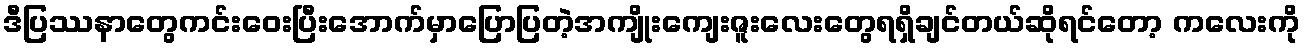
ဒီပြဿနာတွေကင်းဝေးပြီးအောက်မှာပြောပြတဲ့အကျိုးကျေးဇူးလေးတွေရရှိချင်တယ်ဆိုရင်တော့ ကလေးကို